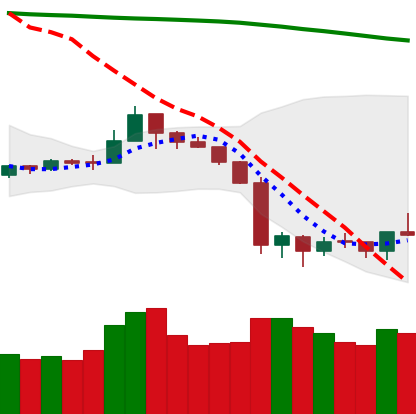
Ticker: NEO-USD
Chart end date: 2019-10-01
Forward return: -3.844%
Label: down_3_5